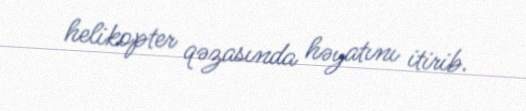
helikopter qəzasında həyatını itirib.